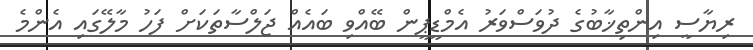
ރިޔާސީ އިންތިޚާބުގެ ދުވަސްވަރު އެމްޑީޕީން ބޭއްވި ބައެއް ޖަލްސާތަކަށް ފަހު މާލޭގައި އެންމެ